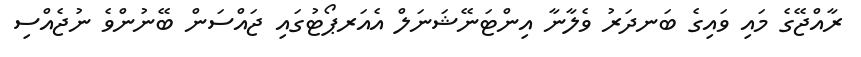
ރާއްޖޭގެ މައި ވައިގެ ބަނދަރު ވެލާނާ އިންޓަނޭޝަނަލް އެއަރޕޯޓުގައި ޖައްސަން ބޭނުންވެ ނުޖެއްސި